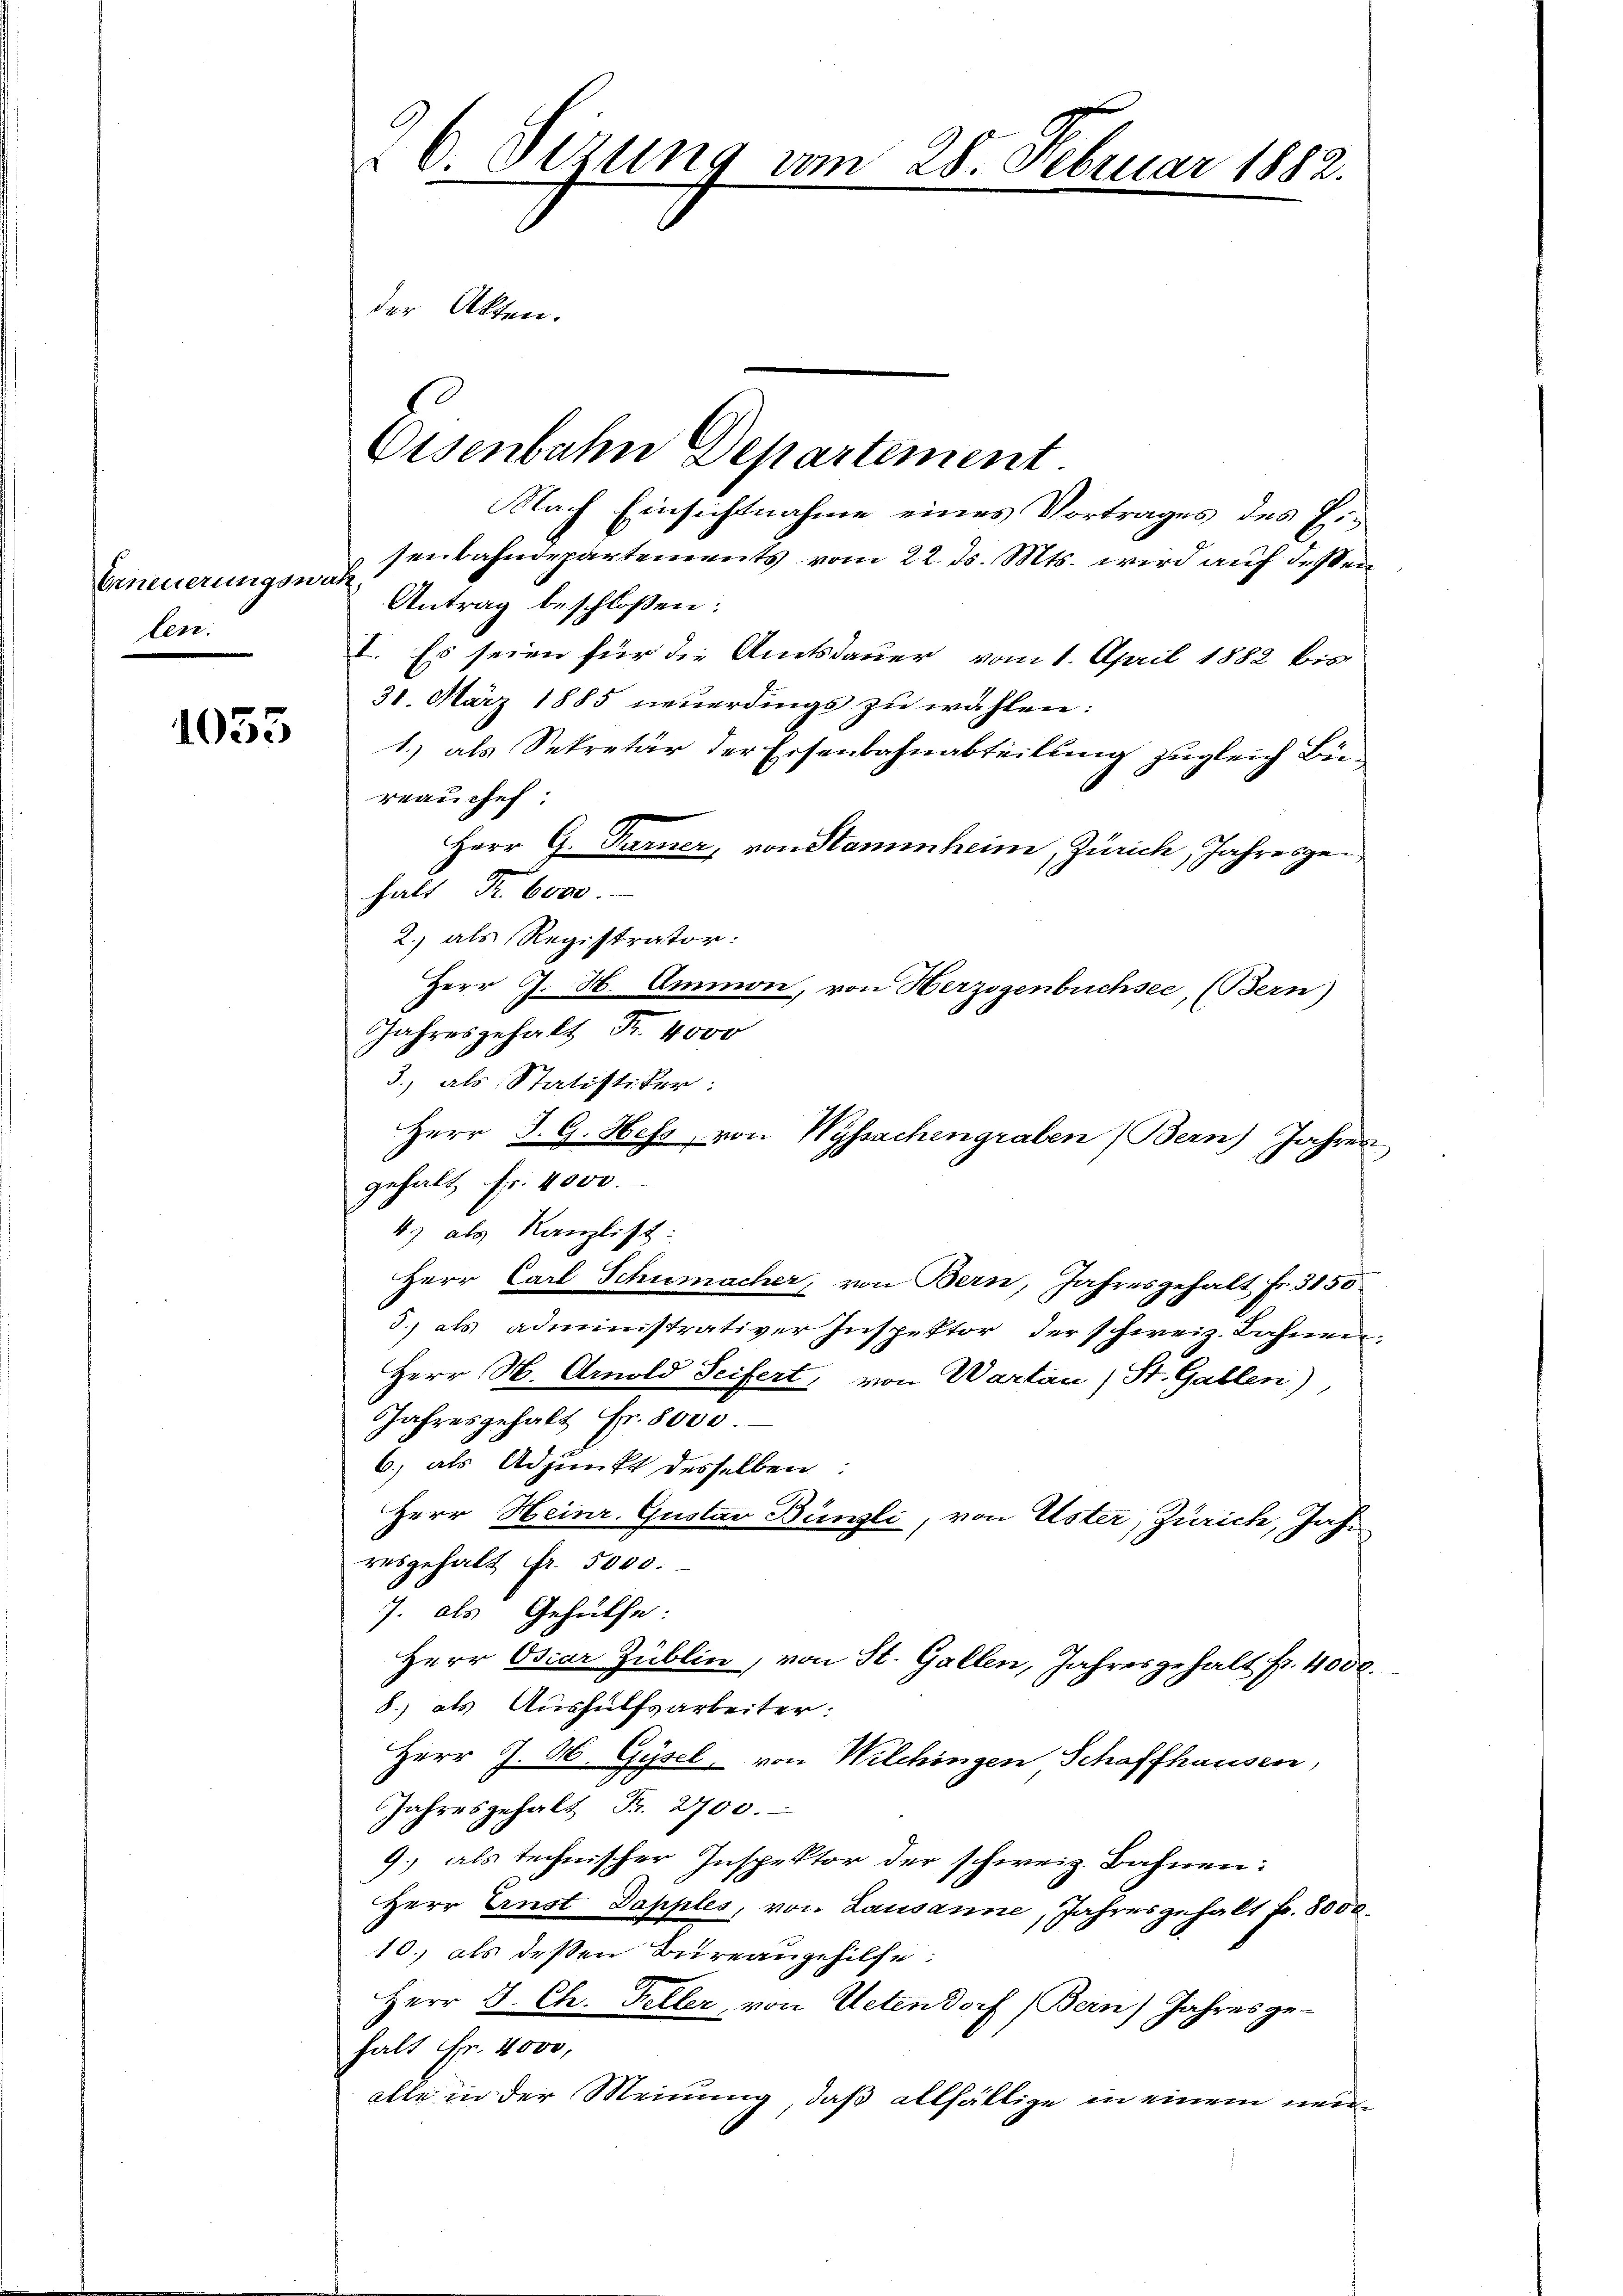
Erneuerungswah
ten.

1053

Eisenbahn Departement
Nach Einsichtnahme eines Vortrages des Eisenbahndepartements vom 22. d. Mts. wird auf dessen
Antrag beschlossen:
I. Es seien für die Amtsdauer vom 1. April 1882 bis
31. März 1885 neuerdings zu wählen:
1.) als Sekretär der Eisenbahnabteilung zugleich Bürrauches:
Herr G. Turner, von Stammheim, Zürich, Jahresgehalt Fr. 6000.
2.) als Registrator:
Jahresgehalt Fr. 4000
3.) als Statistiker:
gehalt Fr. 4000.
4.) als Kanzlist
Herr Carl Schumacher, von Bern, Jahresgehalt Fr. 3150
3.) als administrativer Inspektor der schweiz. Bahnen¬
Herr H. Amold Seifert, von Wartau) St. Gallen)
Jahresgehalt Fr. 8000
6.) als Adjunkt desselben:
Herr Heinr. Gustav Bünzli, von Uster, Zürich, Jahr
resgehalt fr. 5000.
7. als Gehülfe:
Herr Oscar Zublin, von St. Gallen, Jahresgehalt fr. 4000.
8.) als Aushülfsarbeiter:
Herr J. A. Gysel von Wilchingen Schaffhausen,
Jahresgehalt Fr. 2700.
9.) als technischer Inspektor der schweiz. Bahnen:
Herr Ernst Dapples, von Lausanne, Jahresgehalt fr. 8000.
10., als dessen Bureaugehilfe.
Herr J. Ch. Feller, von Uetendorf (Bern) Jahresge-
halt Fr. 4000,
alte in der Meinung, daß allfällige in einem neu¬

6 Setzung vom 25. Februar 1882.
der Akten.

Herr J. H. Ammon, von Herzogenbüchsee, (Bern)
Herr J. G. Hess, von Wyssachengraben) Bern) Jahres